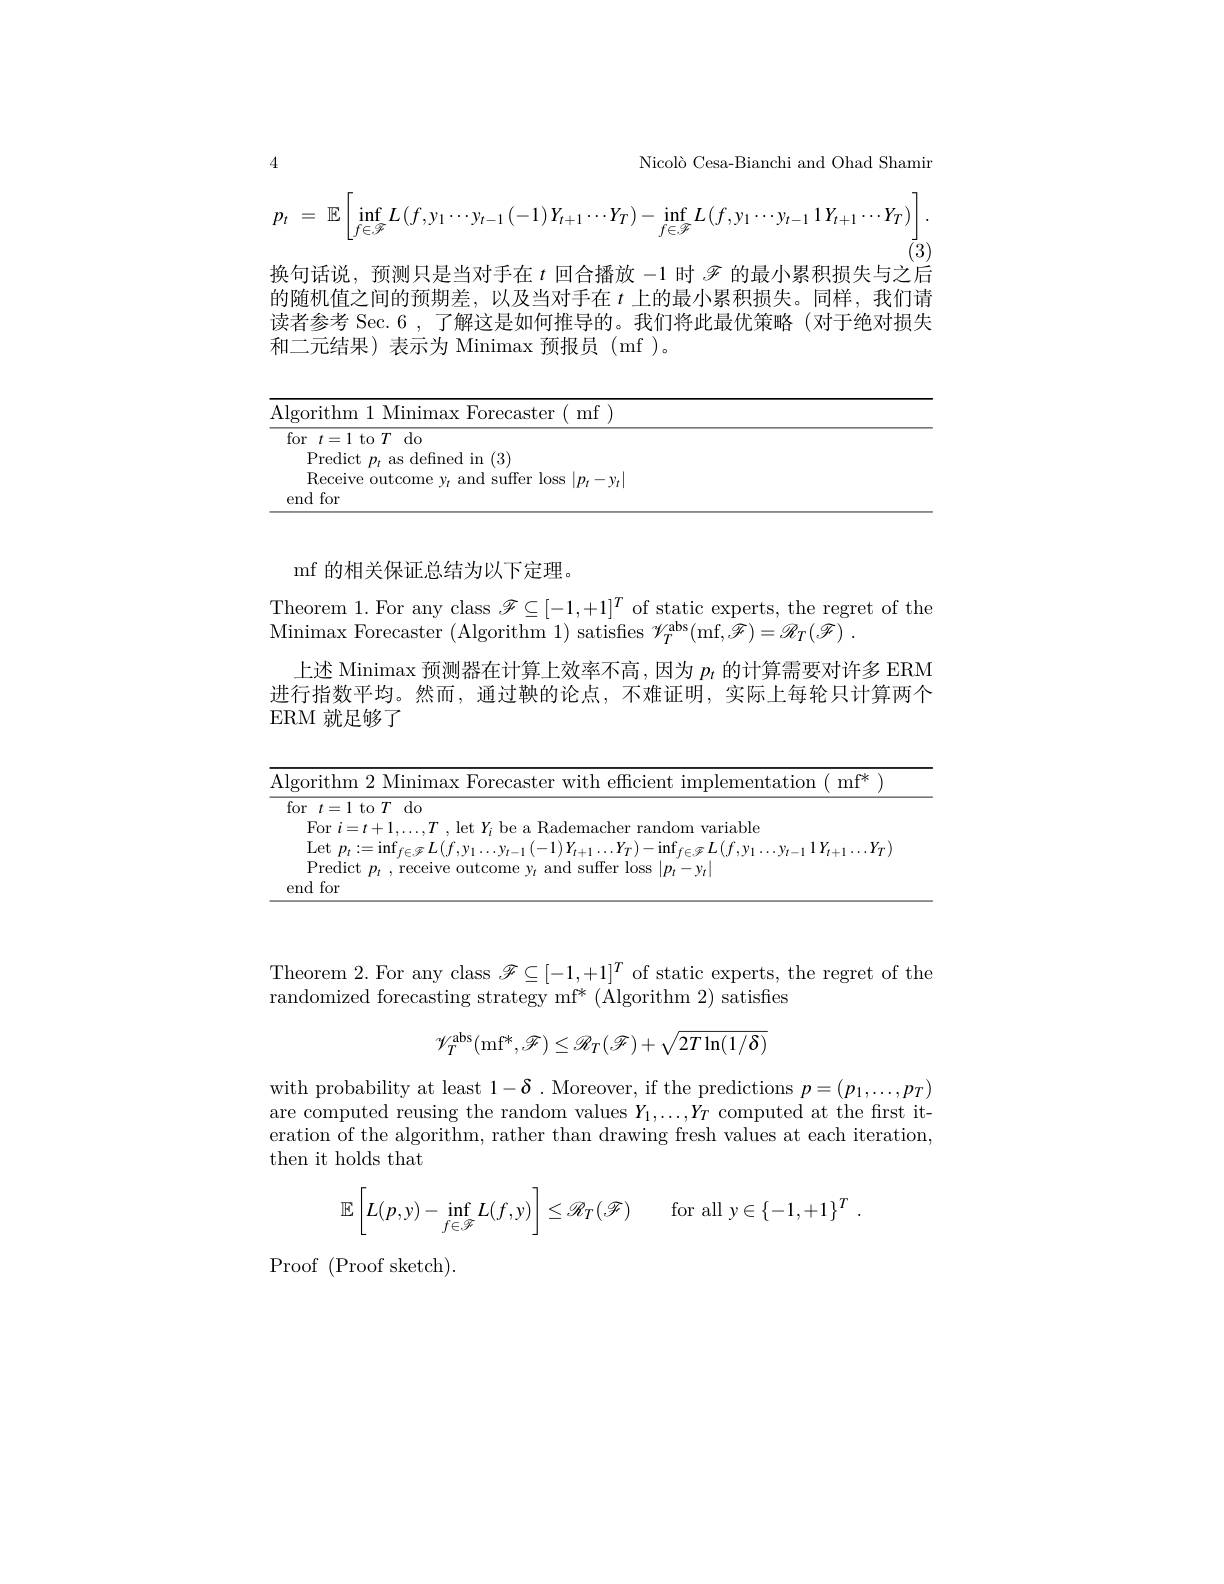
$$p_{t}\:=\:\mathbb{E}\left[\inf_{f\in\mathcal{F}}L\left(f,y_{1}\cdots y_{t-1}\left(-1\right)Y_{t+1}\cdots Y_{T}\right)-\inf_{f\in\mathcal{F}}L\left(f,y_{1}\cdots y_{t-1}\:1Y_{t+1}\cdots Y_{T}\right)\right].$$
4
Nicolò Cesa-Bianchi and Ohad Shamir
(3)
换句话说，预测只是当对手在$t$回合播放-1时$\mathscr{F}$的最小累积损失与之后的随机值之间的预期差，以及当对手在$\iota$上的最小累积损失。同样，我们请读者参考 Sec. 6 , 了解这是如何推导的。我们将此最优策略(对于绝对损失和二元结果)表示为 Minimax 预报员(mf)。

<table>
	<tbody>
		<tr>
			<th>Aloorithm mf $\therefore\angle\parallel\cdot$ $H$</th>
			<th>Forecaster mf )</th>
		</tr>
		<tr>
			<td>for $t= 1$ to $T$ do</td>
			<td> </td>
		</tr>
		<tr>
			<td>Predict age defined in (3)</td>
			<td>in(3)</td>
		</tr>
		<tr>
			<td>Receive outcome 1. suffer loss $n_{t}-v_{t}$</td>
			<td>14 d suffer loss $m.$ $-v_{t}$</td>
		</tr>
		<tr>
			<td>end for</td>
			<td> </td>
		</tr>
	</tbody>
</table>

mf 的相关保证总结为以下定理。
Theorem 1. For any class $\mathscr{F}\subseteq[-1,+1]^T$ of static experts, the regret of the
Minimax Forecaster ( Algorithm 1) satisfies $\mathscr{V} _{T}^{\mathrm{abs}}($mf$, \mathscr{F} ) = \mathscr{R} _{T}( \mathscr{F} )$ .
上述 Minimax 预测器在计算上效率不高，因为$p_t$的计算需要对许多 ERM 进行指数平均。然而，通过鞅的论点，不难证明，实际上每轮只计算两个ERM 就足够了

<table>
	<tbody>
		<tr>
			<th>A 1 1 1 1 1</th>
			<th>rithm $\because2Minin$ $H^{\prime}nre$ $1\boldsymbol{\rho}$ chen mnlementatiom mf</th>
		</tr>
		<tr>
			<td> </td>
			<td>$t=1$ to $T$ do</td>
		</tr>
		<tr>
			<td> </td>
			<td>FOr andom variahle</td>
		</tr>
	</tbody>
</table>

Theorem 2. For any class $\mathscr{F}\subseteq[-1,+1]^{T}$ of static experts, the regret of the
randomized forecasting strategy mf* (Algorithm 2) satisfes
$$\mathcal{V}_{T}^{\mathrm{abs}}(\mathrm{mf}^{*},\mathcal{F})\leq\mathcal{R}_{T}(\mathcal{F})+\sqrt{2T\ln(1/\delta)}$$
with probability at least $1-\delta.$ Moreover, if the predictions $p=(p_1,\ldots,p_T)$ are computed reusing the random values $Y_1,\ldots,Y_T$ computed at the frst iteration of the algorithm, rather than drawing fresh values at each iteration, then it holds that
$$\mathbb{E}\left[L(p,y)-\inf\limits_{f\in\mathcal{F}}L(f,y)\right]\leq\mathscr{R}_T(\mathscr{F})\quad\text{for all}y\in\{-1,+1\}^T\:.$$
Proof (Proof sketch).